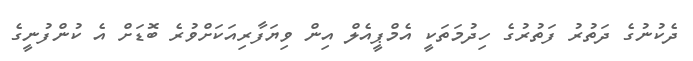
ދެކުނުގެ ދަތުރު ފަތުރުގެ ހިދުމަތަކީ އެމްޕީއެލް އިން ވިޔަފާރިއަކަށްވުރެ ބޮޑަށް އެ ކުންފުނީގެ